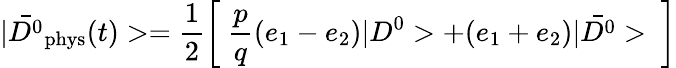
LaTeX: |\bar{D^{0}}_{\mathrm{phys}}(t)>=\frac{1}{2}\left[~\frac{p}{q}(e_{1}-e_{2})|D^{0}>+(e_{1}+e_{2})|\bar{D^{0}}>~\right]